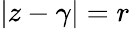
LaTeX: {\left|z-\gamma\right|}=r